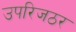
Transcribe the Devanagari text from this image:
उपरिजठर